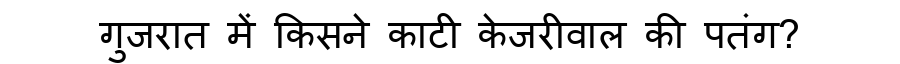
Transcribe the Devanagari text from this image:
गुजरात में किसने काटी केजरीवाल की पतंग?